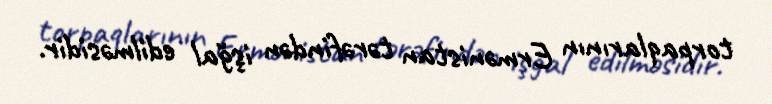
torpaqlarının Ermənistan tərəfindən işğal edilməsidir.